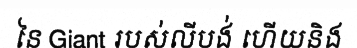
នៃ Giant របស់លីបង់ ហើយនិង